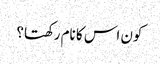
کون اس کا نام رکھتا؟